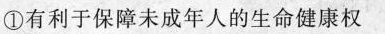
①有利于保障未成年人的生命健康权